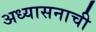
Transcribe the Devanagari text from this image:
अध्यासनाची